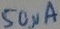
Text: 50µA